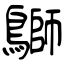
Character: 鶳